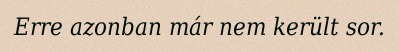
Erre azonban már nem került sor.